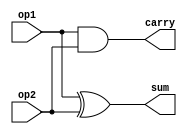
module halfAdder (output reg sum, output reg carry, input op1, input op2);

	// thread for half adder operations
	always @ (op1 or op2) begin
	
		// sum bit of two operands
		sum = op1 ^ op2;
		// carry bit of two operands
		carry = op1 & op2;
		
	end

endmodule

module fullAdder (output sum, output carry, input op1, input op2,input op3);
	
	wire isum,i1carry,i2carry;
	// thread for full adder operations
	//'i' stands for intermediate
		
		// using half adder the first time
		halfAdder inst1 (isum,i1carry,op1,op2);
		// calculating the sum
		halfAdder inst2 (sum,i2carry,isum,op3);
		// calculating the carry
		assign carry = i1carry|i2carry;
		

endmodule